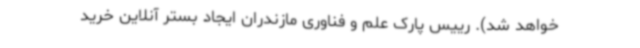
خواهد شد). رییس پارک علم و فناوری مازندران ایجاد بستر آنلاین خرید